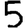
Digit: 5